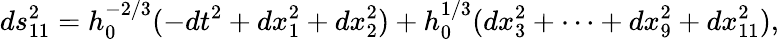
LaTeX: ds_{11}^{2}=h_{0}^{-2/3}(-dt^{2}+dx_{1}^{2}+dx_{2}^{2})+h_{0}^{1/3}(dx_{3}^{2}+\cdots+dx_{9}^{2}+dx_{11}^{2}),